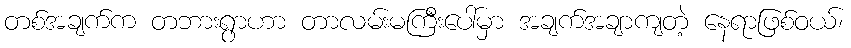
တစ်အချက်က တဘားရွာဟာ တာလမ်းမကြီးပေါ်မှာ အချက်အချာကျတဲ့ နေရာဖြစ်ဝယ်၊